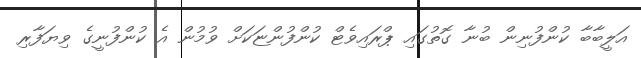
އަލީބާބާ ކުންފުނިން ބުނާ ގޮތުގައި ޕްރައިވެޓް ކުންފުންޏަކަށް ވުމުން އެ ކުންފުނީގެ ވިޔަފާރި